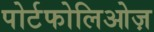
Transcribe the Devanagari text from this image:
पोर्टफोलिओज़